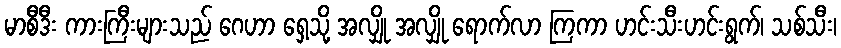
မာစီဒီး ကားကြီးများသည် ဂေဟာ ရှေ့သို့ အလျှို အလျှို ရောက်လာ ကြကာ ဟင်းသီးဟင်းရွက်၊ သစ်သီး၊